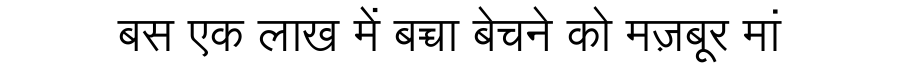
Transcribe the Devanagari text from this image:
बस एक लाख में बच्चा बेचने को मज़बूर मां